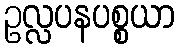
ဥလ္လပနပစ္စယာ